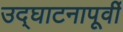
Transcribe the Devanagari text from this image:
उद्‌घाटनापूर्वी